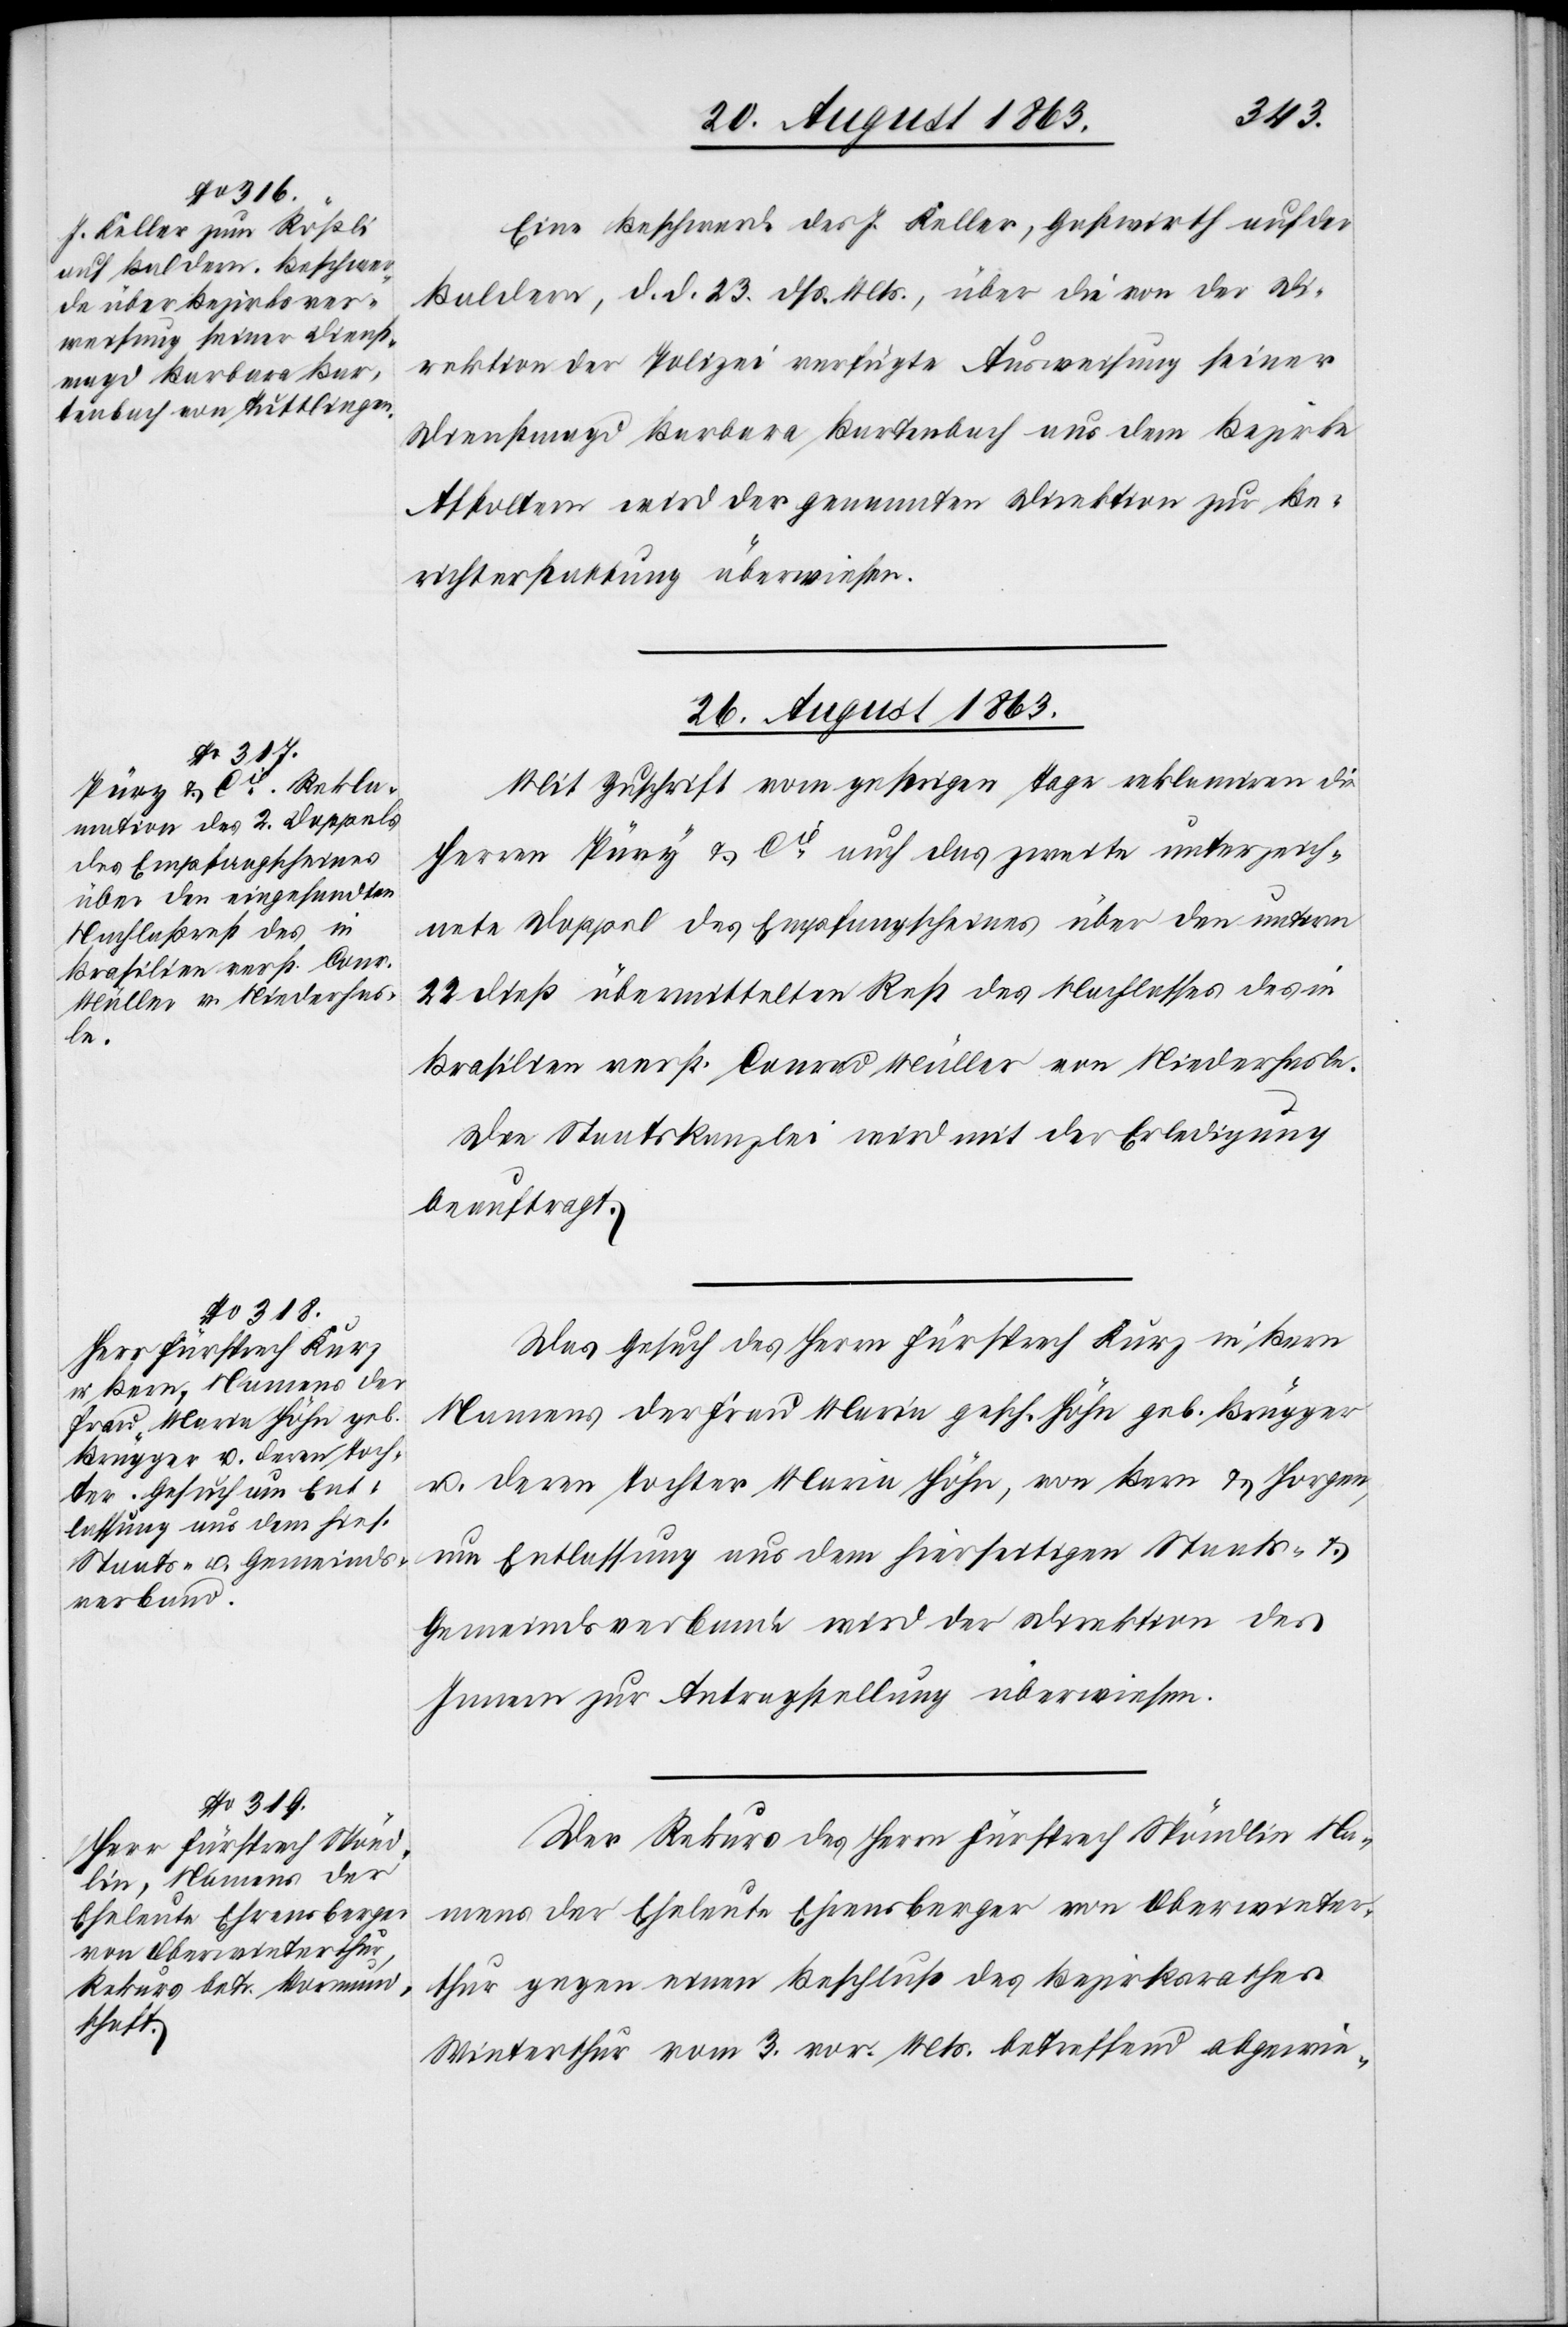
26. August 1863.]
Eine Beschwerde des J. Keller, Gastwirth auf der
Baldern, d. d. 23. dß. Mts., über die von der Di¬
rektion der Polizei verfügte Ausweisung seiner
Dienstmagd Barbara Bartenbach aus dem Bezirke
Affoltern wird der genannten Direktion zur Be¬
richterstattung überwiesen.
Mit Zuschrift vom gestrigen Tage reklamiren die
Herren Püry & Cie auch das zweite unterzeich¬
nete Doppel des Empfangscheines über den unterm
22 dieß übermittelten Rest des Nachlasses des in
Brasilien verst. Conrad Müller von Niederhasle.
Die Staatskanzlei wird mit der Erledigung
beauftragt.
Das Gesuch des Herrn Fürsprech Kurz in Bern
Namens der Frau Maria gesch. Höhn geb. Brügger
u. deren Tochter Maria Höhn, von Bern & Horgen,
um Entlassung aus dem hierseitigen Staats- &
Gemeindsverbande wird der Direktion des
Innern zur Antragstellung überwiesen.
Der Rekurs des Herrn Fürsprech Spöndlin Na¬
mens der Eheleute Ehrensberger von Oberwinter¬
thur gegen einen Beschluß des Bezirksrathes
Winterthur vom 3. vor. Mts. betreffend abgewie-